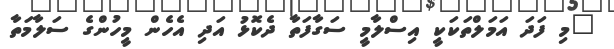
"މި ފަދަ އަމަލްތަކަކީ އިސްލާމީ ސަގާފަތާ ދެކޮޅު އަދި އެހެން މީހުންގެ ސަލާމަތާ